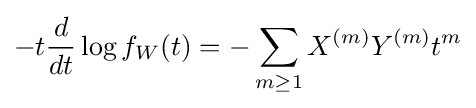
-t{\frac {d}{dt}}\log f_{W}(t)=-\sum _{m\geq 1}X^{(m)}Y^{(m)}t^{m}